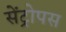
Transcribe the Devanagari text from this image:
सेंट्रोपस